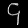
Digit: ၄